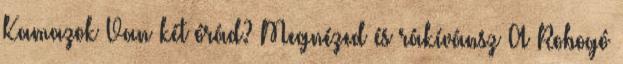
Kamazok Van két órád? Megnézed és rákívánsz A Robogó